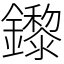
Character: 鑗